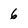
Character: 6